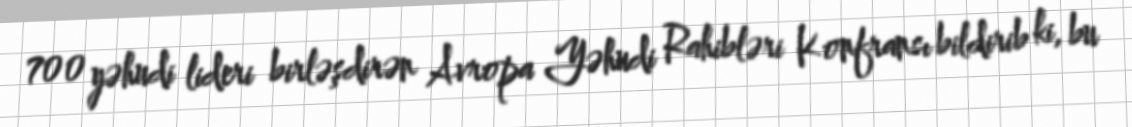
700 yəhudi lideri birləşdirən Avropa Yəhudi Rahibləri Konfransı bildirib ki, bu